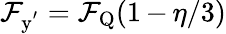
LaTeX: \mathcal{F}_{\mathrm{{y^{'}}}}=\mathcal{F}_{\mathrm{{Q}}}(1\, {-}\, \eta/3)